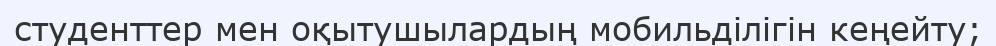
студенттер мен оқытушылардың мобильділігін кеңейту;